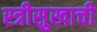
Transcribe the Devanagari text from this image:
स्त्रीसुखाची